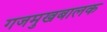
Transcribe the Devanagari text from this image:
गजमुखबालक